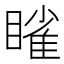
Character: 𬑥